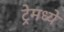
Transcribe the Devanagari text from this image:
ट्रेमध्ये